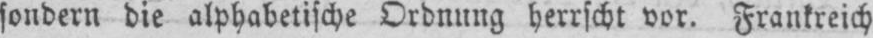
sondern die alphabetische Ordnung herrscht vor, Frankreich